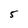
Character: 5